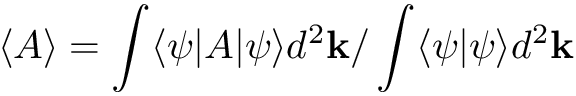
\langle A \rangle = \int \langle \psi | A | \psi \rangle d ^ { 2 } \mathbf { k } / \int \langle \psi | \psi \rangle d ^ { 2 } \mathbf { k }